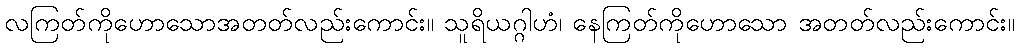
လကြတ်ကိုဟောသောအတတ်လည်းကောင်း။ သူရိယဂ္ဂါဟံ၊ နေကြတ်ကိုဟောသော အတတ်လည်းကောင်း။